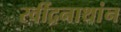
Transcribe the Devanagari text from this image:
रवींद्रनाथांन